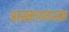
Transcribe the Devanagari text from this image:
आत्मकथानात्मक